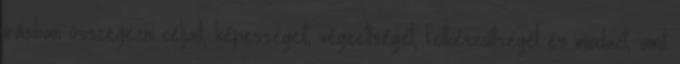
írásban összegezni céljait, képességeit, végzettségét, felkészültségét és mindazt, amit